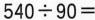
$$5 4 0 \div 9 0 =$$